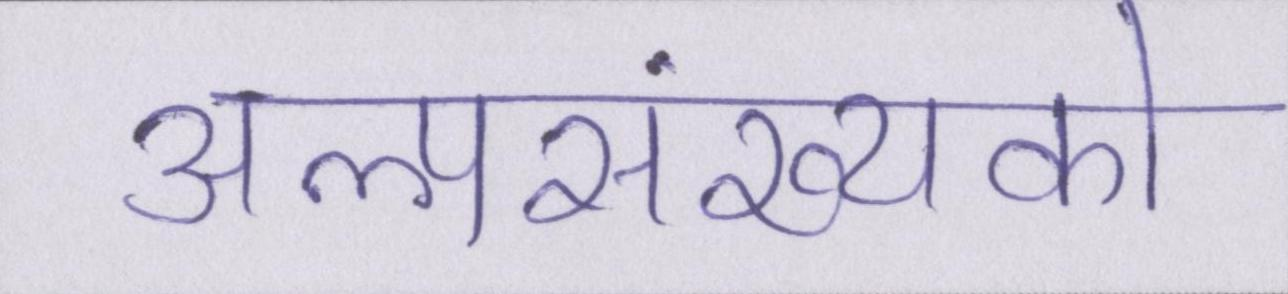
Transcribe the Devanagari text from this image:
अल्पसंख्यकों